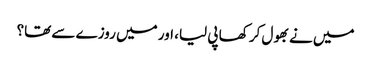
میں نے بھول کر کھا پی لیا، اور میں روزے سے تھا؟